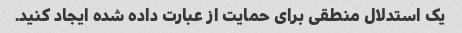
یک استدلال منطقی برای حمایت از عبارت داده شده ایجاد کنید.